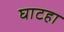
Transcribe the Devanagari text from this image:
घाटहा